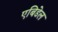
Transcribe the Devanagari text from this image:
एबिडेल